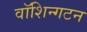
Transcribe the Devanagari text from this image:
वॉशिन्गटन